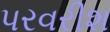
પરવરીશ